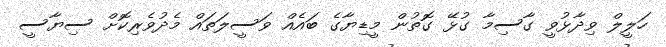
ހަލީލް ވިދާޅުވީ ގާސިމާ ގުޅޭ ގޮތުން މީޑިޔާގެ ބައެއް ވަސީލަތައް މެދުވެރިކޮށް ސިޔާސީ